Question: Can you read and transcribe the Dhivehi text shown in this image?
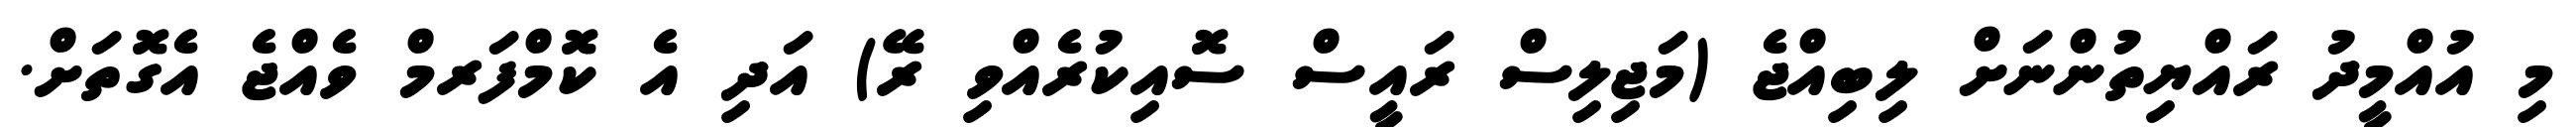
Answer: މި އުއްމީދު ރައްޔިތުންނަށް ލިބިއްޖެ (މަޖިލިސް ރައީސް ސޮއިކުރެއްވި ރޭ) އަދި އެ ކޮމްފަރމް ވެއްޖެ އެގޮތަށް.